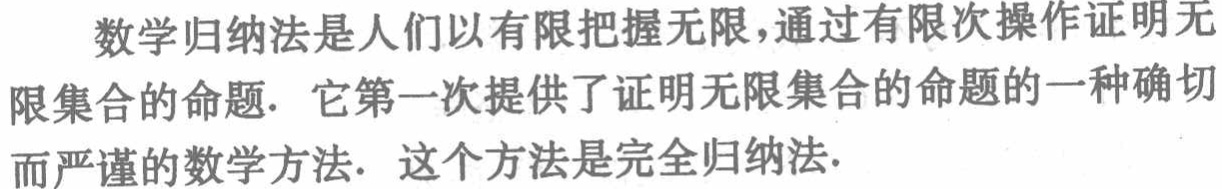
数学归纳法是人们以有限把握无限，通过有限次操作证明无限集合的命题. 它第一次提供了证明无限集合的命题的一种确切而严谨的数学方法. 这个方法是完全归纳法.